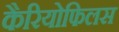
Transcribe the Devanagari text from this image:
कैरियोफिलस